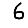
Digit: 6